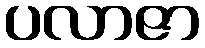
ပလာဇာ